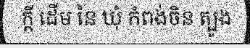
ក្តី ដើម នៃ ឃុំ កំពង់ចិន ត្បូង